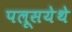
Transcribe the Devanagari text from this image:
पलूसयेथे